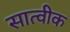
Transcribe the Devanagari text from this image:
सात्वीक